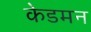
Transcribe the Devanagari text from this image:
केडमन